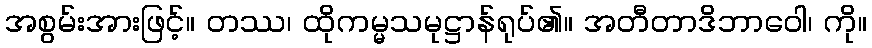
အစွမ်းအားဖြင့်။ တဿ၊ ထိုကမ္မသမုဋ္ဌာန်ရုပ်၏။ အတီတာဒိဘာဝေါ၊ ကို။